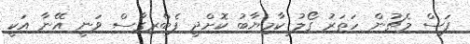
ފަސް މެޗުން ހަތަރު ގޯލު ކާމިޔާބު ކޮށްދީ ފެބްރިގާސް ވަނީ އޭނާ އަކީ